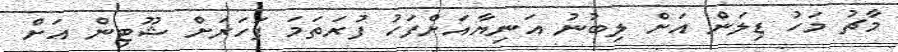
މާޗު މަހު ޑިލަން އަށް ލިބުނު އަނިޔާއަށްފަހު ފުރަތަމަ ފަހަރަށް ޝޫޓިން އަށް